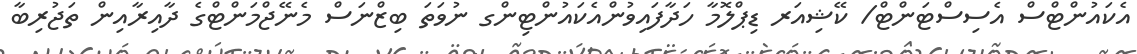
އެކައުންޓްސް އެސިސްޓަންޓް/ ކޭޝިއަރ ޑިޕްލޮމާ ހަދާފައިވުންއެކައުންޓިންގ ނުވަތަ ބިޒްނަސް މެނޭޖްމަންޓްގެ ދާއިރާއިން ތަޖުރިބާ